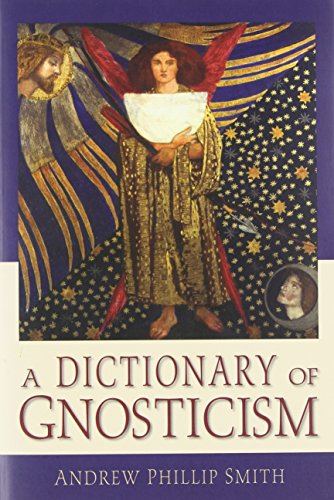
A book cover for A Dictionary of Gnosticism; Andrew Phillip Smith; Religion & Spirituality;